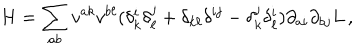
H = \sum _ { a b } v ^ { a k } v ^ { b \ell } ( \delta _ { k } ^ { i } \delta _ { \ell } ^ { j } + \delta _ { k \ell } \delta ^ { i j } - \delta _ { k } ^ { j } \delta _ { \ell } ^ { i } ) \partial _ { a i } \partial _ { b j } L \, ,